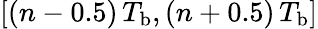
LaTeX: [(n-0.5)\, T_{\mathrm{b}},(n+0.5)\, T_{\mathrm{b}}]